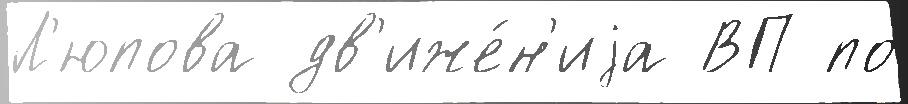
Л'юпова дв'иже́н'иjа ВП по